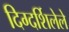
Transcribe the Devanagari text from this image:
दिग्दर्शिलेले